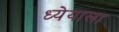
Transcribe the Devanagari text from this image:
ध्येयाला